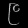
Digit: ၉